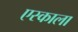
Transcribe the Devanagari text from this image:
एस्काला